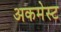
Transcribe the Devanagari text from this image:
अकमेस्ट